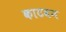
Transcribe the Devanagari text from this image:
काटवन